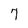
Character: 7